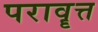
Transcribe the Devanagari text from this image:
परावॄत्त